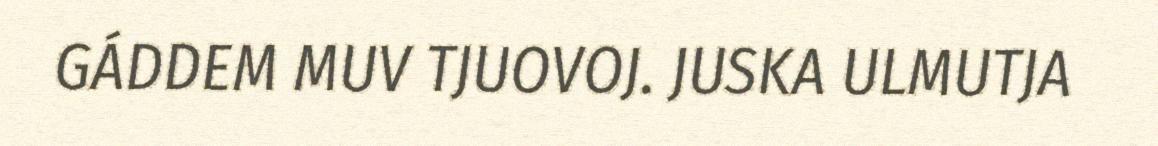
GÁDDEM MUV TJUOVOJ. JUSKA ULMUTJA